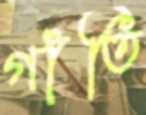
গাঁতি